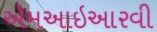
એમઆઇઆરવી